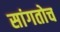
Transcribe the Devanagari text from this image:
सांगतोच